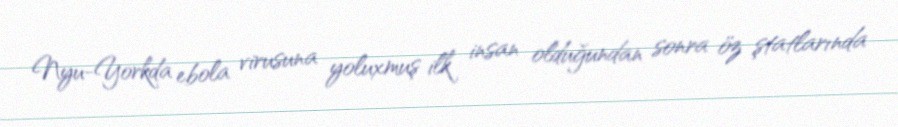
Nyu-Yorkda ebola virusuna yoluxmuş ilk insan olduğundan sonra öz ştatlarında